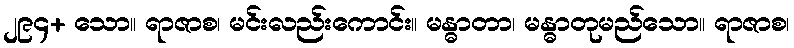
၂၉၄+ သော။ ရာဇာစ၊ မင်းလည်းကောင်း။ မန္ဓာတာ၊ မန္ဓာတုမည်သော။ ရာဇာစ၊